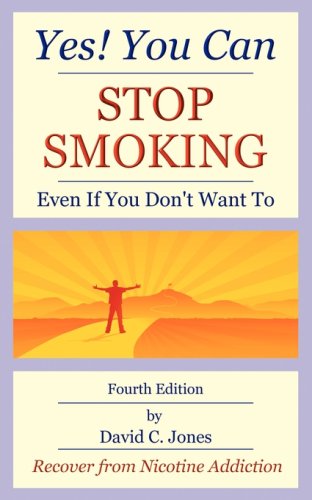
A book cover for Yes! You Can Stop Smoking: Even If You Don't Want To; David C Jones; Health, Fitness & Dieting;